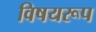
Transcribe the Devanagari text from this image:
विषयरूप